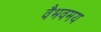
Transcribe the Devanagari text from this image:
वैभवमय